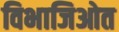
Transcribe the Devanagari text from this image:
विभाजिओत